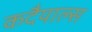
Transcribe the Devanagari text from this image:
कदैयाल्स